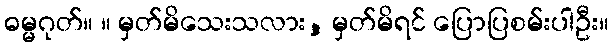
ဓမ္မဂုတ်။ ။ မှတ်မိသေးသလား, မှတ်မိရင် ပြောပြစမ်းပါဦး။